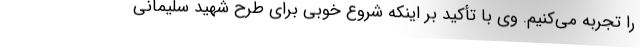
را تجربه می‌کنیم. وی با تأکید بر اینکه شروع خوبی برای طرح شهید سلیمانی